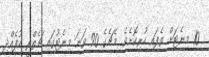
10 މިނެޓަށް ވެފައި ހުރިކޮށެވެ. މެޗެގެ 90 ވަނަ މިނެޓުގައި ޗެތްރީ އުފެއްދި